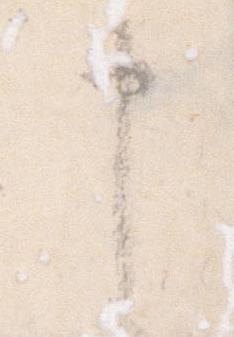
申